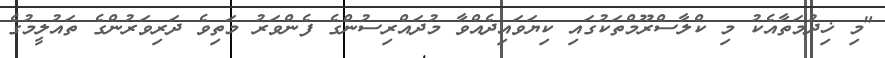
"މި ޚިދުމަތާއެކު މި ކްލާސްރޫމްތަކުގައި ކިޔަވައިދެއްވާ މުދައްރިސުންގެ ފެންވަރު މަތިވެ ދަރިވަރުންގެ ތައުލީމުގެ